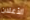
الأعلان